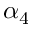
\alpha _ { 4 }